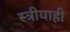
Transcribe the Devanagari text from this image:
स्त्रीयाही